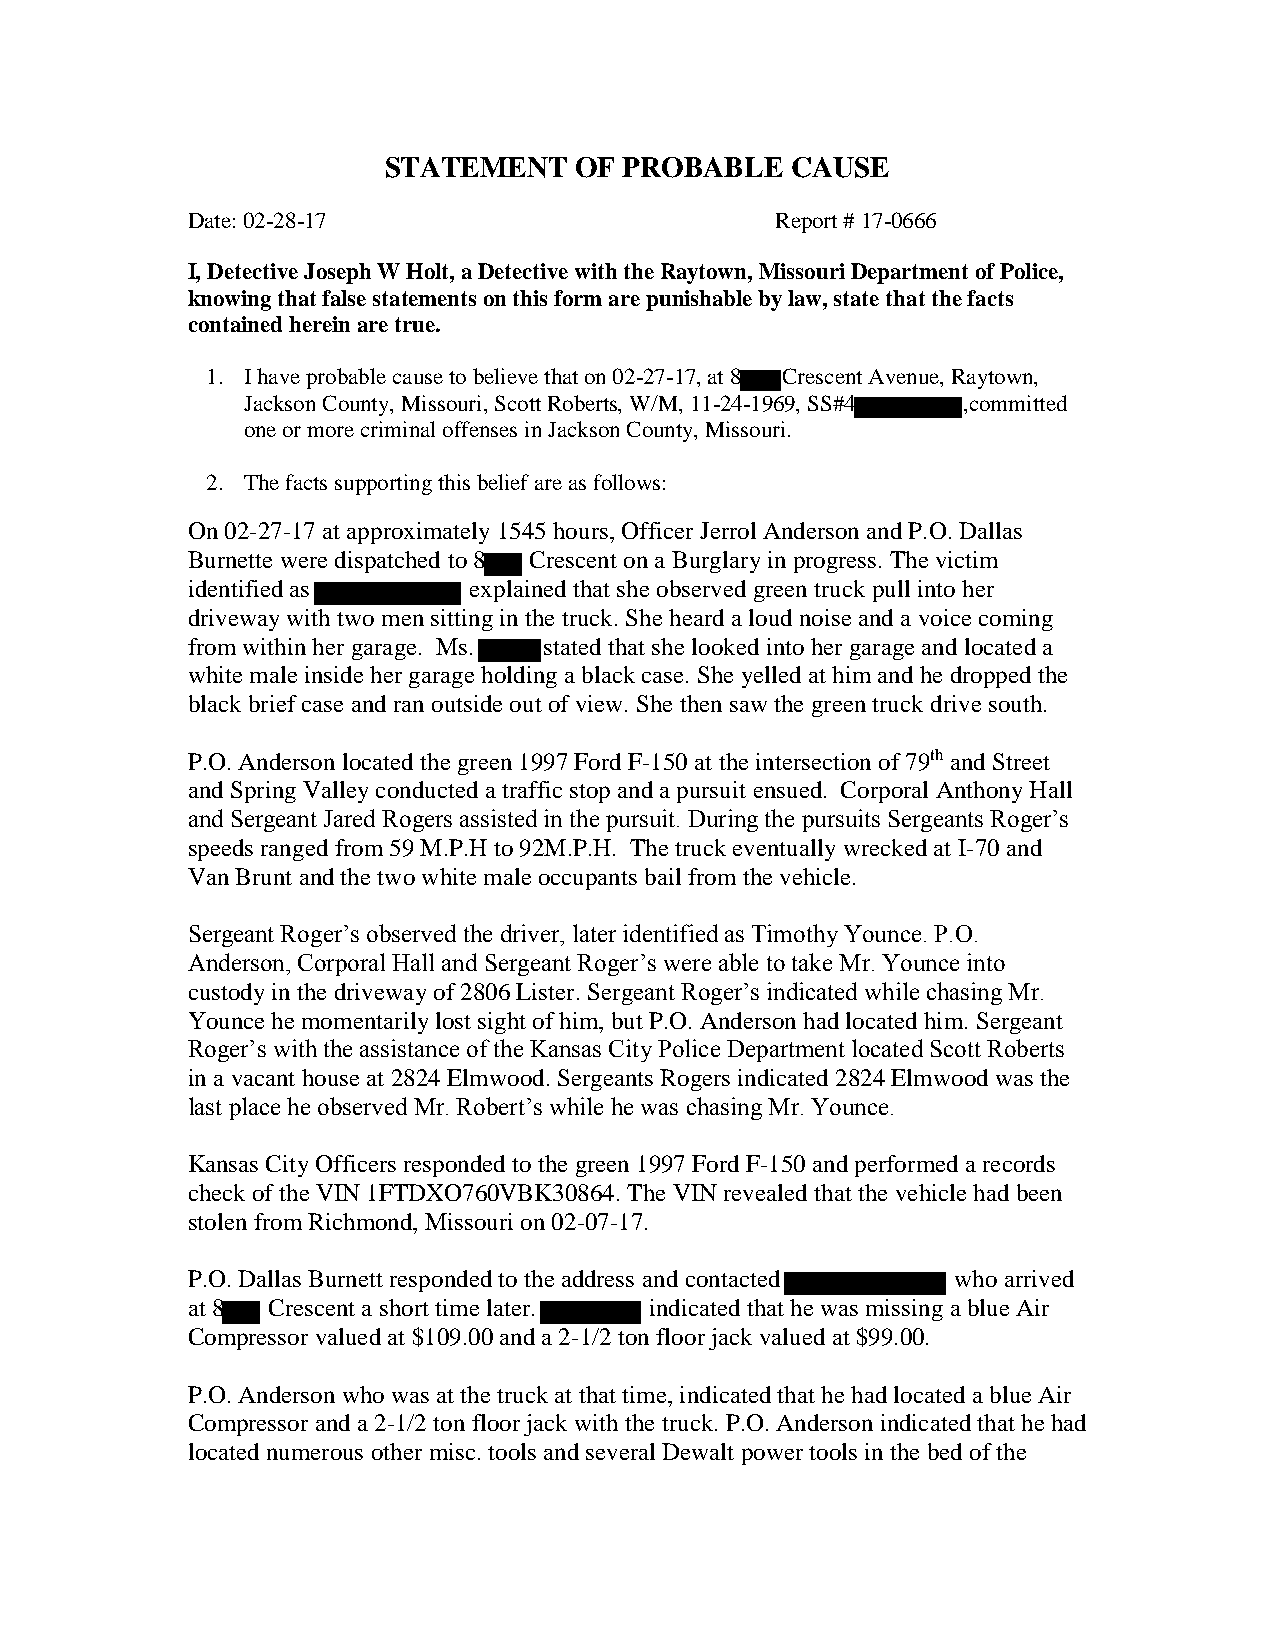
STATEMENT    OF PROBABLE   CAUSE
 Date: 02-28-17                         Report # 17-0666
 I, Detective Joseph W Holt, a Detective with the Raytown, Missouri Department of Police,
 knowing that false statements on this form are punishable by law, state that the facts
 contained herein are true.
 1. I have probable cause to believe that on 02-27-17, at 8 Crescent Avenue, Raytown,
 Jackson County, Missouri, Scott Roberts, W/M, 11-24-1969, SS#4 ,committed
 one or more criminal offenses in Jackson County, Missouri.
 2. The facts supporting this belief are as follows:
 On 02-27-17 at approximately 1545 hours, Officer Jerrol Anderson and P.O. Dallas
 Burnette were dispatched to 8 Crescent on a Burglary in progress. The victim
 identified as      explained that she observed green truck pull into her
 driveway with two men sitting in the truck. She heard a loud noise and a voice coming
 from within her garage. Ms. stated that she looked into her garage and located a
 white male inside her garage holding a black case. She yelled at him and he dropped the
 black brief case and ran outside out of view. She then saw the green truck drive south.
 P.O. Anderson located the green 1997 Ford F-150 at the intersection of 79th and Street
 and Spring Valley conducted a traffic stop and a pursuit ensued. Corporal Anthony Hall
 and Sergeant Jared Rogers assisted in the pursuit. During the pursuits Sergeants Roger’s
 speeds ranged from 59 M.P.H to 92M.P.H. The truck eventually wrecked at I-70 and
 Van Brunt and the two white male occupants bail from the vehicle.
 Sergeant Roger’s observed the driver, later identified as Timothy Younce. P.O.
 Anderson, Corporal Hall and Sergeant Roger’s were able to take Mr. Younce into
 custody in the driveway of 2806 Lister. Sergeant Roger’s indicated while chasing Mr.
 Younce he momentarily lost sight of him, but P.O. Anderson had located him. Sergeant
 Roger’s with the assistance of the Kansas City Police Department located Scott Roberts
 in a vacant house at 2824 Elmwood. Sergeants Rogers indicated 2824 Elmwood was the
 last place he observed Mr. Robert’s while he was chasing Mr. Younce.
 Kansas City Officers responded to the green 1997 Ford F-150 and performed a records
 check of the VIN 1FTDXO760VBK30864. The VIN revealed that the vehicle had been
 stolen from Richmond, Missouri on 02-07-17.
 P.O. Dallas Burnett responded to the address and contacted who arrived
 at 8  Crescent a short time later. indicated that he was missing a blue Air
 Compressor valued at $109.00 and a 2-1/2 ton floor jack valued at $99.00.
 P.O. Anderson who was at the truck at that time, indicated that he had located a blue Air
 Compressor and a 2-1/2 ton floor jack with the truck. P.O. Anderson indicated that he had
 located numerous other misc. tools and several Dewalt power tools in the bed of the